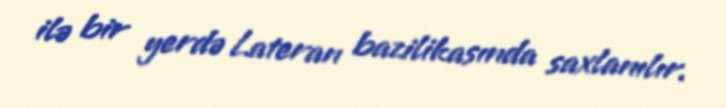
ilə bir yerdə Lateran bazilikasında saxlanılır.